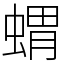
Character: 蝟